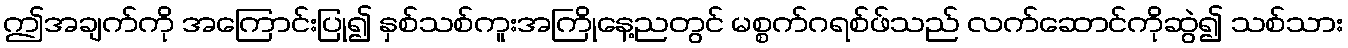
ဤအချက်ကို အကြောင်းပြု၍ နှစ်သစ်ကူးအကြိုနေ့ညတွင် မစ္စက်ဂရစ်ဖ်သည် လက်ဆောင်ကိုဆွဲ၍ သစ်သား